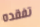
تفقده